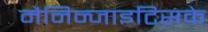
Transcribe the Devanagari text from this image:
मैनिन्जाइटिसके